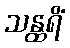
သန္ထရိံ